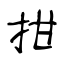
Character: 拑